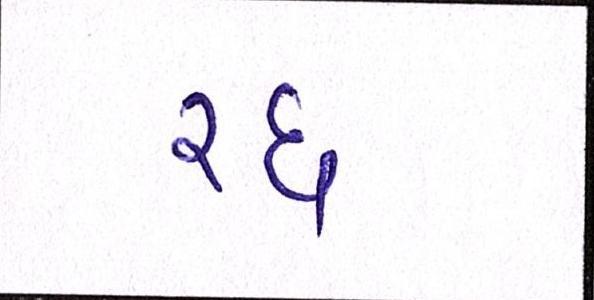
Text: રદ્દ